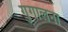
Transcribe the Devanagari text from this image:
गुगालना